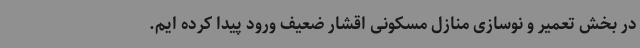
در بخش تعمیر و نوسازی منازل مسکونی اقشار ضعیف ورود پیدا کرده ایم.